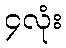
၄လုံး